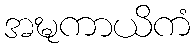
အဍ္ဎကာယိကံ